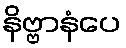
နိဗ္ဗာနံပေ